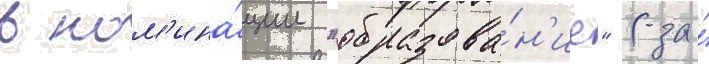
в ном'ина́ции "образова́н'ие" (за́